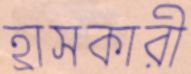
হ্রাসকারী